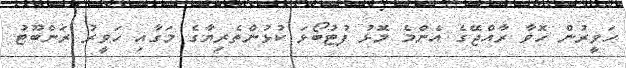
ހަވީރުން ހޮވާ ރާއްޖޭގެ އެންމެ މޮޅު ފުޓުބޯޅަ ކުޅުންތެރިޔާގެ މަގާއި ހަވީރު ރަންބޫޓު